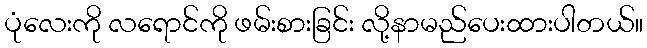
ပုံလေးကို လရောင်ကို ဖမ်းစားခြင်း လို့နာမည်ပေးထားပါတယ်။